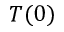
T ( 0 )